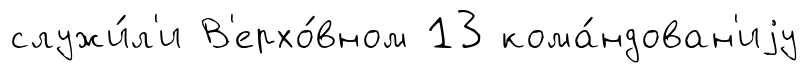
служи́л'и В'ерхо́вном 13 кома́ндован'иjу